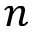
n